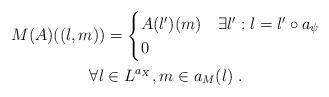
LaTeX: \begin{align*}\begin{gathered}M(A)((l,m))=\begin{cases}A(l')(m) & \exists l': l = l'\circ a_\psi\\0 & \end{cases}\\\forall l\in L^{a_X}, m\in a_M(l)\;.\end{gathered}\end{align*}